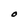
Character: O